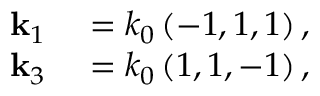
\begin{array} { r l } { \mathbf { k } _ { 1 } } & { { } = k _ { 0 } \left( - 1 , 1 , 1 \right) , } \\ { \mathbf { k } _ { 3 } } & { { } = k _ { 0 } \left( 1 , 1 , - 1 \right) , } \end{array}